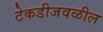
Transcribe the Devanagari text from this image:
टेकडीजवळील